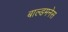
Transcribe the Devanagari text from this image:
बाल्डमनेस